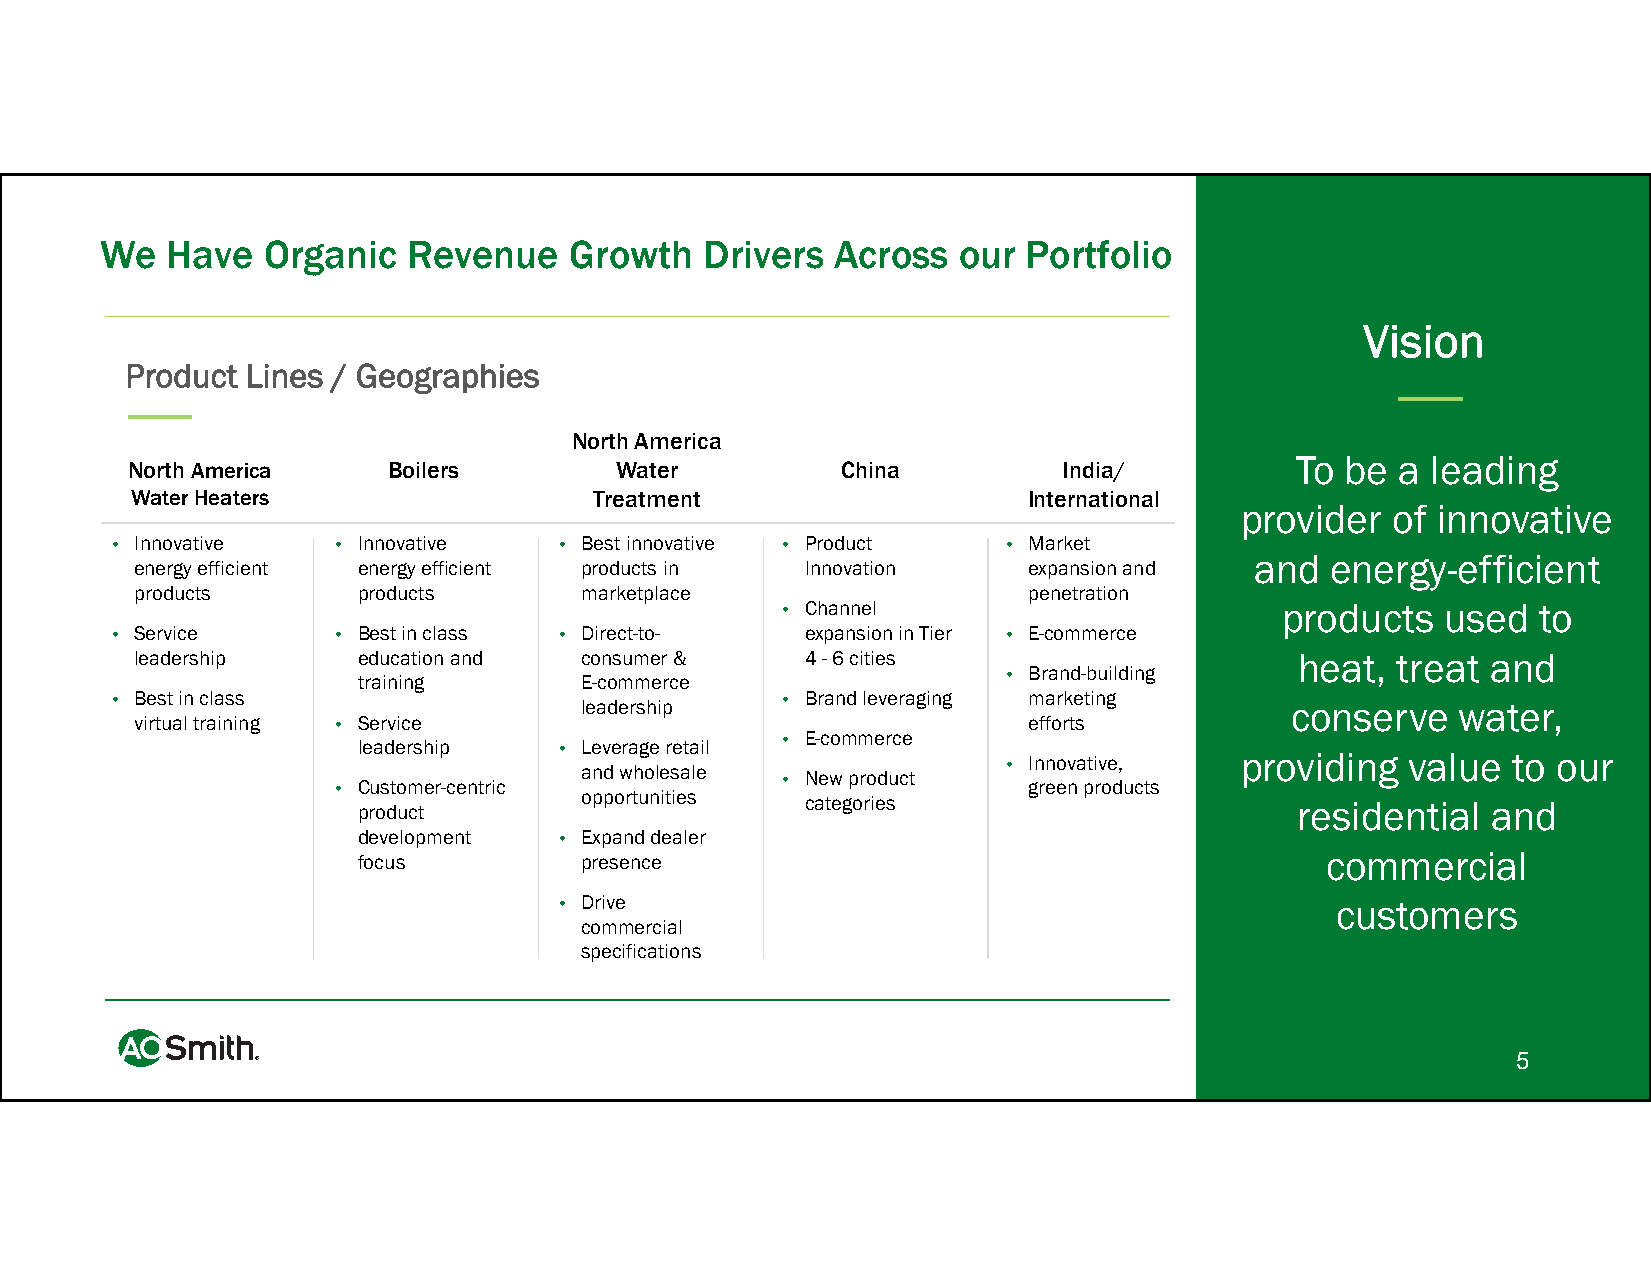
We  Have  Organic   Revenue    Growth   Drivers Across  our  Portfolio
 Vision
 Product Lines / Geographies
 North America
 To be  a leading
 North America     Boilers        Water          China         India/
 Water Heaters                 Treatment                    International
 provider  of innovative
 • Innovative   • Innovative   • Best innovative • Product  • Market
 and  energy-efficient
 energy efficient energy efficient products in Innovation   expansion and
 products       products      marketplace                   penetration
 • Channel                        products   used  to
 • Service      • Best in class • Direct-to-   expansion in Tier • E-commerce
 leadership     education and consumer &     4 -6 cities                      heat, treat  and
 training      E-commerce                  • Brand-building
 • Best in class                leadership    • Brand leveraging marketing     conserve    water,
 virtual training • Service                                 efforts
 leadership   • Leverage retail • E-commerce
 • C pru os dto um cte r-centric a opn pd o w rth uo nle its iea sle • N cae tw eg p or ro ied suct • I gn rn eo ev na pti rv oe d, ucts prov reid si in dg e nva til au l e a t no d o ur
 development  • Expand dealer
 focus         presence                                          commercial
 • Drive                                            customers
 commercial
 specifications
 5